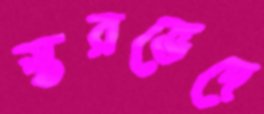
স্তরভেদে